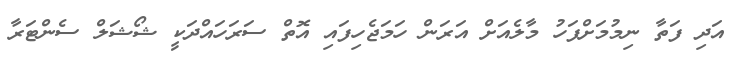
އަދި ފަތާ ނިމުމަށްފަހު މާލެއަށް އަރަން ހަމަޖެހިފައި އޮތް ސަރަހައްދަކީ ޝޯޝަލް ސެންޓަރާ